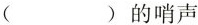
( ) 的哨声